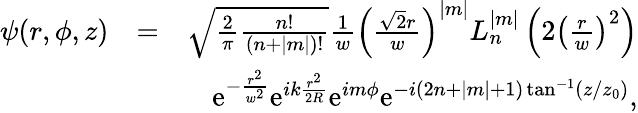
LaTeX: \begin{array}{rlr}{\psi(r,\phi,z)}&{=}&{\sqrt{\frac{2}{\pi}\frac{n!}{(n+|m|)!}}\frac{1}{w}\left(\frac{\sqrt{2}r}{w}\right)^{|m|}L_{n}^{|m|}\left(2\left(\frac{r}{w}\right)^{2}\right)}\\ &{}&{\mathrm{e}^{-\frac{r^{2}}{w^{2}}}\mathrm{e}^{ik\frac{r^{2}}{2R}}\mathrm{e}^{im\phi}\mathrm{e}^{-i(2n+|m|+1)\tan^{-1}(z/z_{0})},}\end{array}